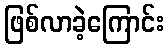
ဖြစ်လာခဲ့ကြောင်း